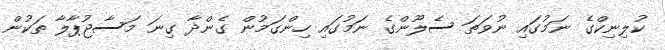
ކުލިނިކްގެ ނަމުގައި ނުވަތަ ސެލޫންގެ ނަމުގައި ހިންގަމުން ގެންދާ ގިނަ މަސާޖުޕާލާ ތަކުން